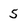
Character: 5